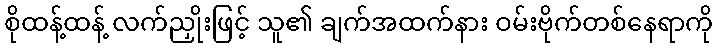
စိုထန့်ထန့် လက်ညှိုးဖြင့် သူ၏ ချက်အထက်နား ဝမ်းဗိုက်တစ်နေရာကို